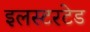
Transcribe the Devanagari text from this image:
इलस्टरटेड